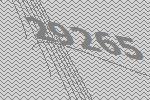
29265